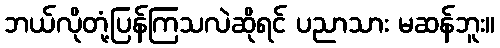
ဘယ်လိုတုံ့ပြန်ကြသလဲဆိုရင် ပညာသား မဆန်ဘူး။